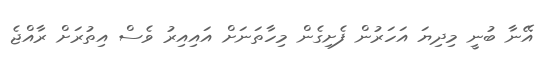
އޭނާ ބުނީ މިދިޔަ އަހަރުން ފެށިގެން މިހާތަނަށް އައިއިރު ވެސް އިތުރަށް ރާއްޖެ